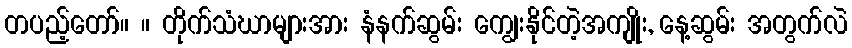
တပည့်တော်။ ။ တိုက်သံဃာများအား နံနက်ဆွမ်း ကျွေးနိုင်တဲ့အကျိုး, နေ့ဆွမ်း အတွက်လဲ